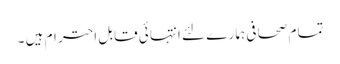
تما م صحا فی ہما ر ے لئے انتہا ئی قابل احتر ام ہیں ۔